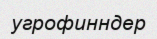
угрофинндер